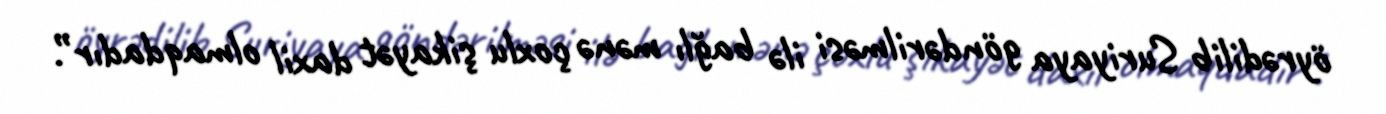
öyrədilib Suriyaya göndərilməsi ilə bağlı mənə çoxlu şikayət daxil olmaqdadır”.